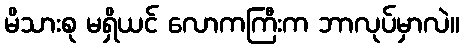
မိသားစု မရှိယင် လောကကြီးက ဘာလုပ်မှာလဲ။